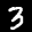
Label: 3